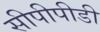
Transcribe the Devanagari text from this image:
सीपीपीडी